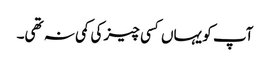
آپ کو یہاں کسی چیز کی کمی نہ تھی۔